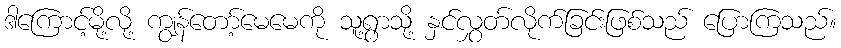
ဒါကြောင့်မို့လို့ ကျွန်တော့်မေမေကို သူ့ရွာသို့ နှင်လွှတ်လိုက်ခြင်းဖြစ်သည် ပြောကြသည်။